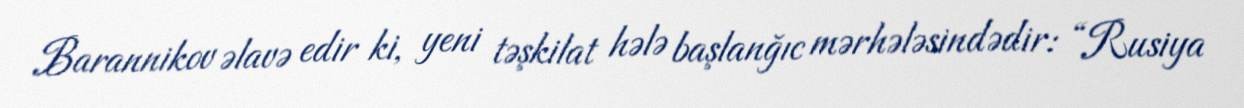
Barannikov əlavə edir ki, yeni təşkilat hələ başlanğıc mərhələsindədir: “Rusiya